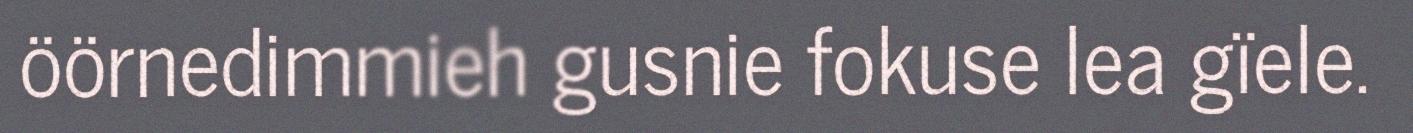
öörnedimmieh gusnie fokuse lea gïele.